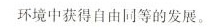
环境中获得自由同等的发展。